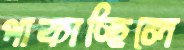
পাকাচ্ছিলে